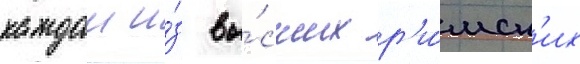
каждои и́з вы́сших р'и́мск'их